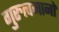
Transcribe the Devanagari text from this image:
गुरुत्वमानों